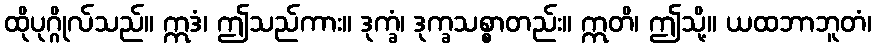
ထိုပုဂ္ဂိုလ်သည်။ ဣဒံ၊ ဤသည်ကား။ ဒုက္ခံ၊ ဒုက္ခသစ္စာတည်း။ ဣတိ၊ ဤသို့။ ယထဘာဘူတံ၊